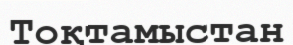
Тоқтамыстан